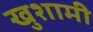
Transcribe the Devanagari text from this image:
खुशामी